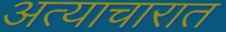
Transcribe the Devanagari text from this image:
अत्याचारात